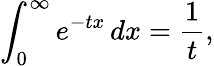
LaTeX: \int_{0}^{\infty}e^{-tx}\, dx={\frac{1}{t}},